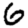
Digit: 6